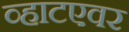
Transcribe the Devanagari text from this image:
व्हाटएवर